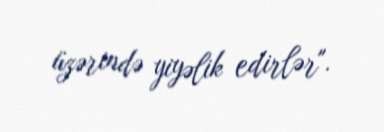
üzərində yiyəlik edirlər".